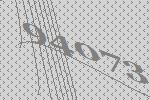
94073